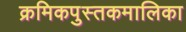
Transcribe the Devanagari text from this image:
क्रमिकपुस्तकमालिका